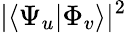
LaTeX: |\langle\Psi_{u}|\Phi_{v}\rangle|^{2}